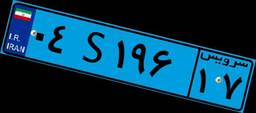
۰۴S۱۹۶۱۷